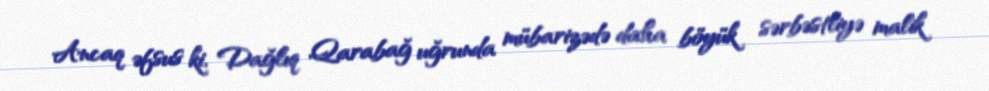
Ancaq əfsus ki, Dağlıq Qarabağ uğrunda mübarizədə daha böyük sərbəstliyə malik